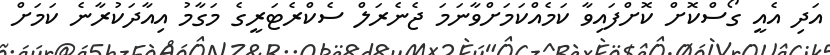
އަދި އެއީ ގޯސްކޮށް ކޮށްފައިވާ ކަމެއްކަަމަށްވާނަމަ ޖެނެރަލް ސެކްރެޓަރީގެ މަގާމު އިއާދަކުރާނެ ކަމަށް